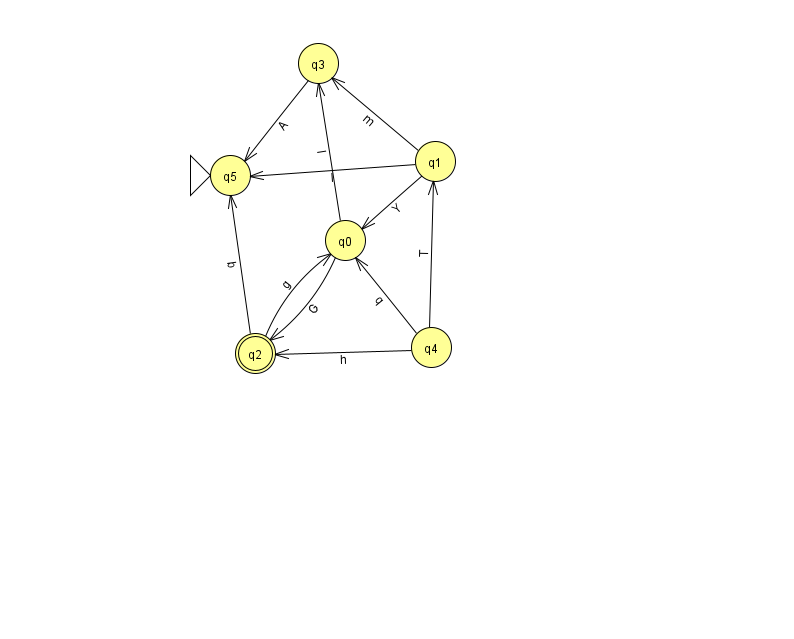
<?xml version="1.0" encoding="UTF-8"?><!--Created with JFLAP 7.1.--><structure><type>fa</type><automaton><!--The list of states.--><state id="0" name="q0"><x>345.0</x><y>227.0</y></state><state id="1" name="q1"><x>435.0</x><y>148.0</y></state><state id="2" name="q2"><x>255.0</x><y>340.0</y><final/></state><state id="3" name="q3"><x>318.0</x><y>50.0</y></state><state id="4" name="q4"><x>431.0</x><y>334.0</y></state><state id="5" name="q5"><x>230.0</x><y>162.0</y><initial/></state><!--The list of transitions.--><transition><from>1</from><to>3</to><read>m</read></transition><transition><from>4</from><to>0</to><read>q</read></transition><transition><from>4</from><to>2</to><read>h</read></transition><transition><from>0</from><to>3</to><read>I</read></transition><transition><from>4</from><to>1</to><read>T</read></transition><transition><from>1</from><to>0</to><read>Y</read></transition><transition><from>2</from><to>5</to><read>b</read></transition><transition><from>1</from><to>5</to><read>I</read></transition><transition><from>0</from><to>2</to><read>G</read></transition><transition><from>2</from><to>0</to><read>g</read></transition><transition><from>3</from><to>5</to><read>A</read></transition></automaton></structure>